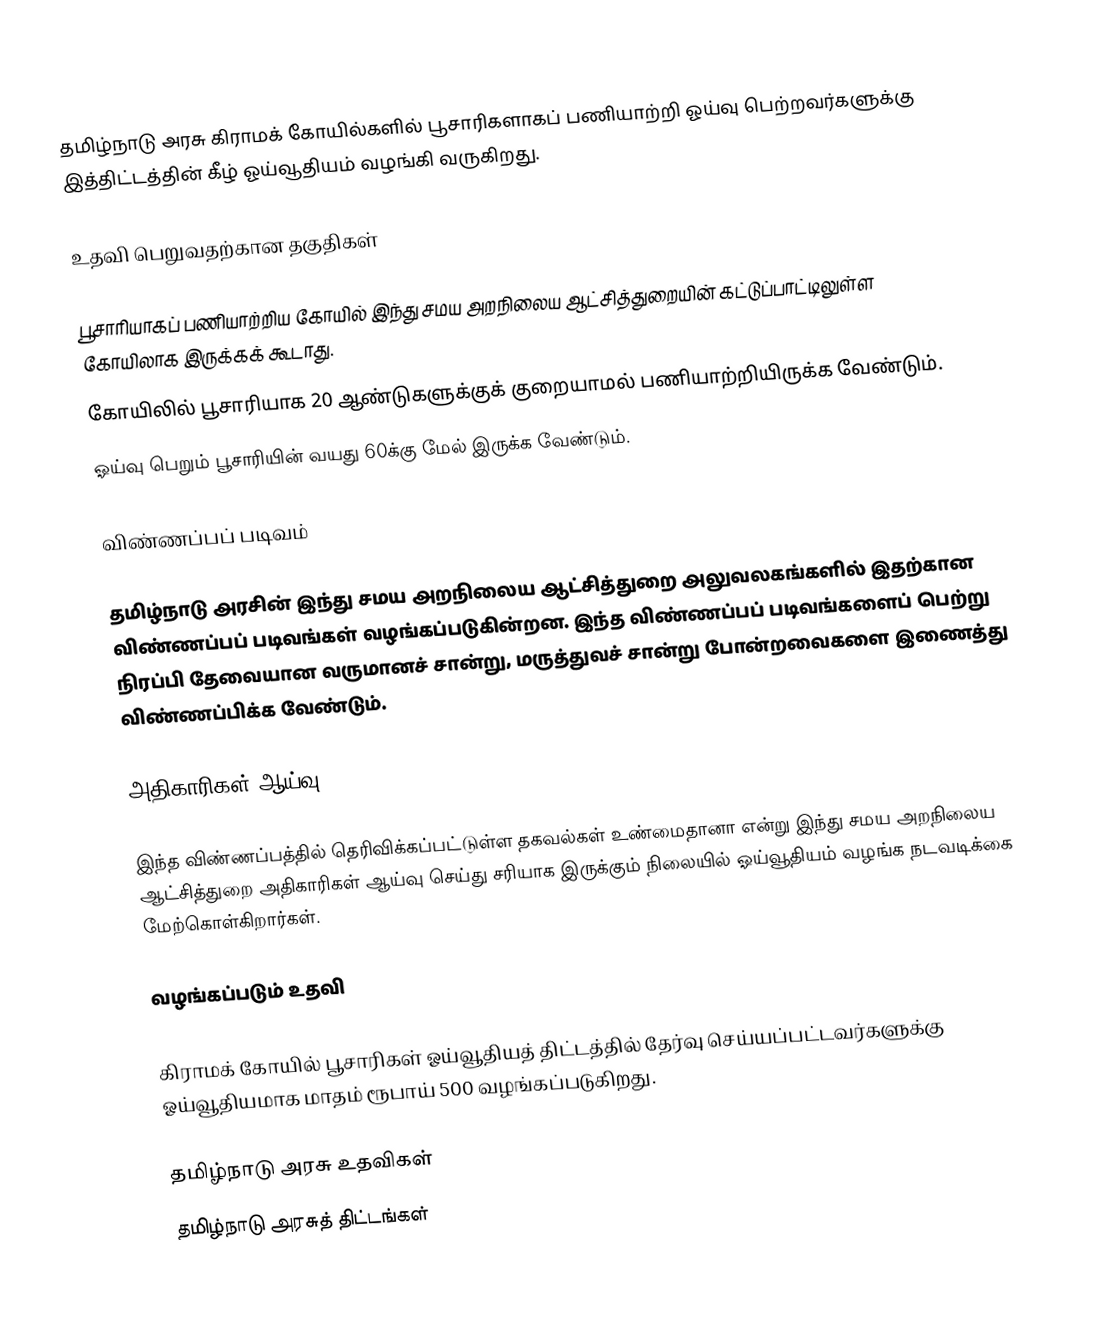
தமிழ்நாடு அரசு கிராமக் கோயில்களில் பூசாரிகளாகப் பணியாற்றி ஓய்வு பெற்றவர்களுக்கு இத்திட்டத்தின் கீழ் ஓய்வூதியம் வழங்கி வருகிறது.

உதவி பெறுவதற்கான தகுதிகள்

பூசாரியாகப் பணியாற்றிய கோயில் இந்து சமய அறநிலைய ஆட்சித்துறையின் கட்டுப்பாட்டிலுள்ள கோயிலாக இருக்கக் கூடாது.
கோயிலில் பூசாரியாக 20 ஆண்டுகளுக்குக் குறையாமல் பணியாற்றியிருக்க வேண்டும்.
ஓய்வு பெறும் பூசாரியின் வயது 60க்கு மேல் இருக்க வேண்டும்.

விண்ணப்பப் படிவம்

தமிழ்நாடு அரசின் இந்து சமய அறநிலைய ஆட்சித்துறை அலுவலகங்களில் இதற்கான விண்ணப்பப் படிவங்கள் வழங்கப்படுகின்றன. இந்த விண்ணப்பப் படிவங்களைப் பெற்று நிரப்பி தேவையான வருமானச் சான்று, மருத்துவச் சான்று போன்றவைகளை இணைத்து விண்ணப்பிக்க வேண்டும்.

அதிகாரிகள் ஆய்வு

இந்த விண்ணப்பத்தில் தெரிவிக்கப்பட்டுள்ள தகவல்கள் உண்மைதானா என்று இந்து சமய அறநிலைய ஆட்சித்துறை அதிகாரிகள் ஆய்வு செய்து சரியாக இருக்கும் நிலையில் ஓய்வூதியம் வழங்க நடவடிக்கை மேற்கொள்கிறார்கள்.

வழங்கப்படும் உதவி

கிராமக் கோயில் பூசாரிகள் ஓய்வூதியத் திட்டத்தில் தேர்வு செய்யப்பட்டவர்களுக்கு ஓய்வூதியமாக மாதம் ரூபாய் 500 வழங்கப்படுகிறது.

 தமிழ்நாடு அரசு உதவிகள்
தமிழ்நாடு அரசுத் திட்டங்கள்